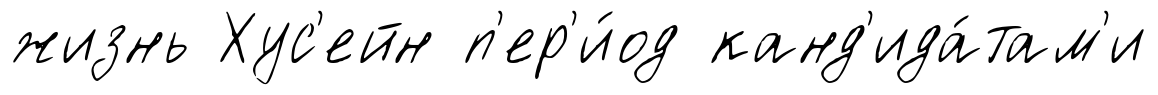
жизнь Хус'ейн п'ер'и́од канд'ида́там'и